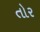
તોર